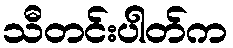
သီတင်းပါတ်က